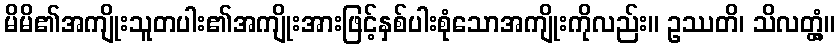
မိမိ၏အကျိုးသူတပါး၏အကျိုးအားဖြင့်နှစ်ပါးစုံသောအကျိုးကိုလည်း။ ဥဿတိ၊ သိလတ္တံ့။